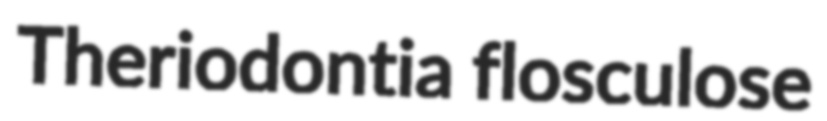
Theriodontia flosculose